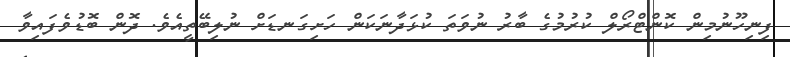
ފިނިހޫނުމިން ކޮންޓްރޯލް ކުރުމުގެ ބާރު ނުވަތަ ކުޅަދާނަކަން ހަށިގަނޑަށް ނުލިބޭތީއެވެ. ދޮން ބޮޑުވެފައިވާ